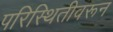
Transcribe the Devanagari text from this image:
परिस्थितीवरून